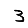
Digit: 3